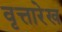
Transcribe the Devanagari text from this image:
वृत्तारेख